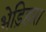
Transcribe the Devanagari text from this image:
भेड़िहारा